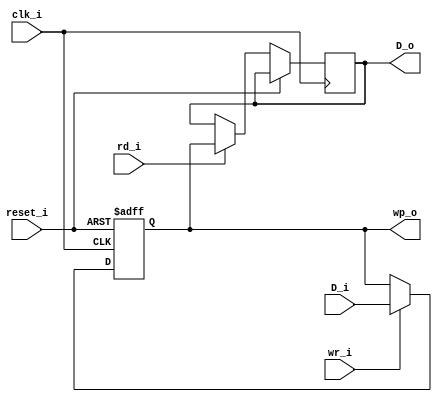
module memctl(
	input clk_i,
	input reset_i,
	input rd_i,
	input wr_i,
	input [7:0] D_i,
	output reg [7:0] D_o,
	output reg [7:0] wp_o = 7'h00
);
	always @(posedge clk_i or posedge reset_i)
	if( reset_i ) wp_o <= 8'd0;
	else begin
		if( wr_i ) wp_o <= D_i[7:0];
		if( rd_i ) D_o <= wp_o;
	end
endmodule